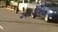
આયનિક